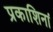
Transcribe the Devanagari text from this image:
प्रकाशिनां